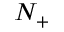
N _ { + }